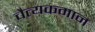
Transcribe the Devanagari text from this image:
चैत्यकमान